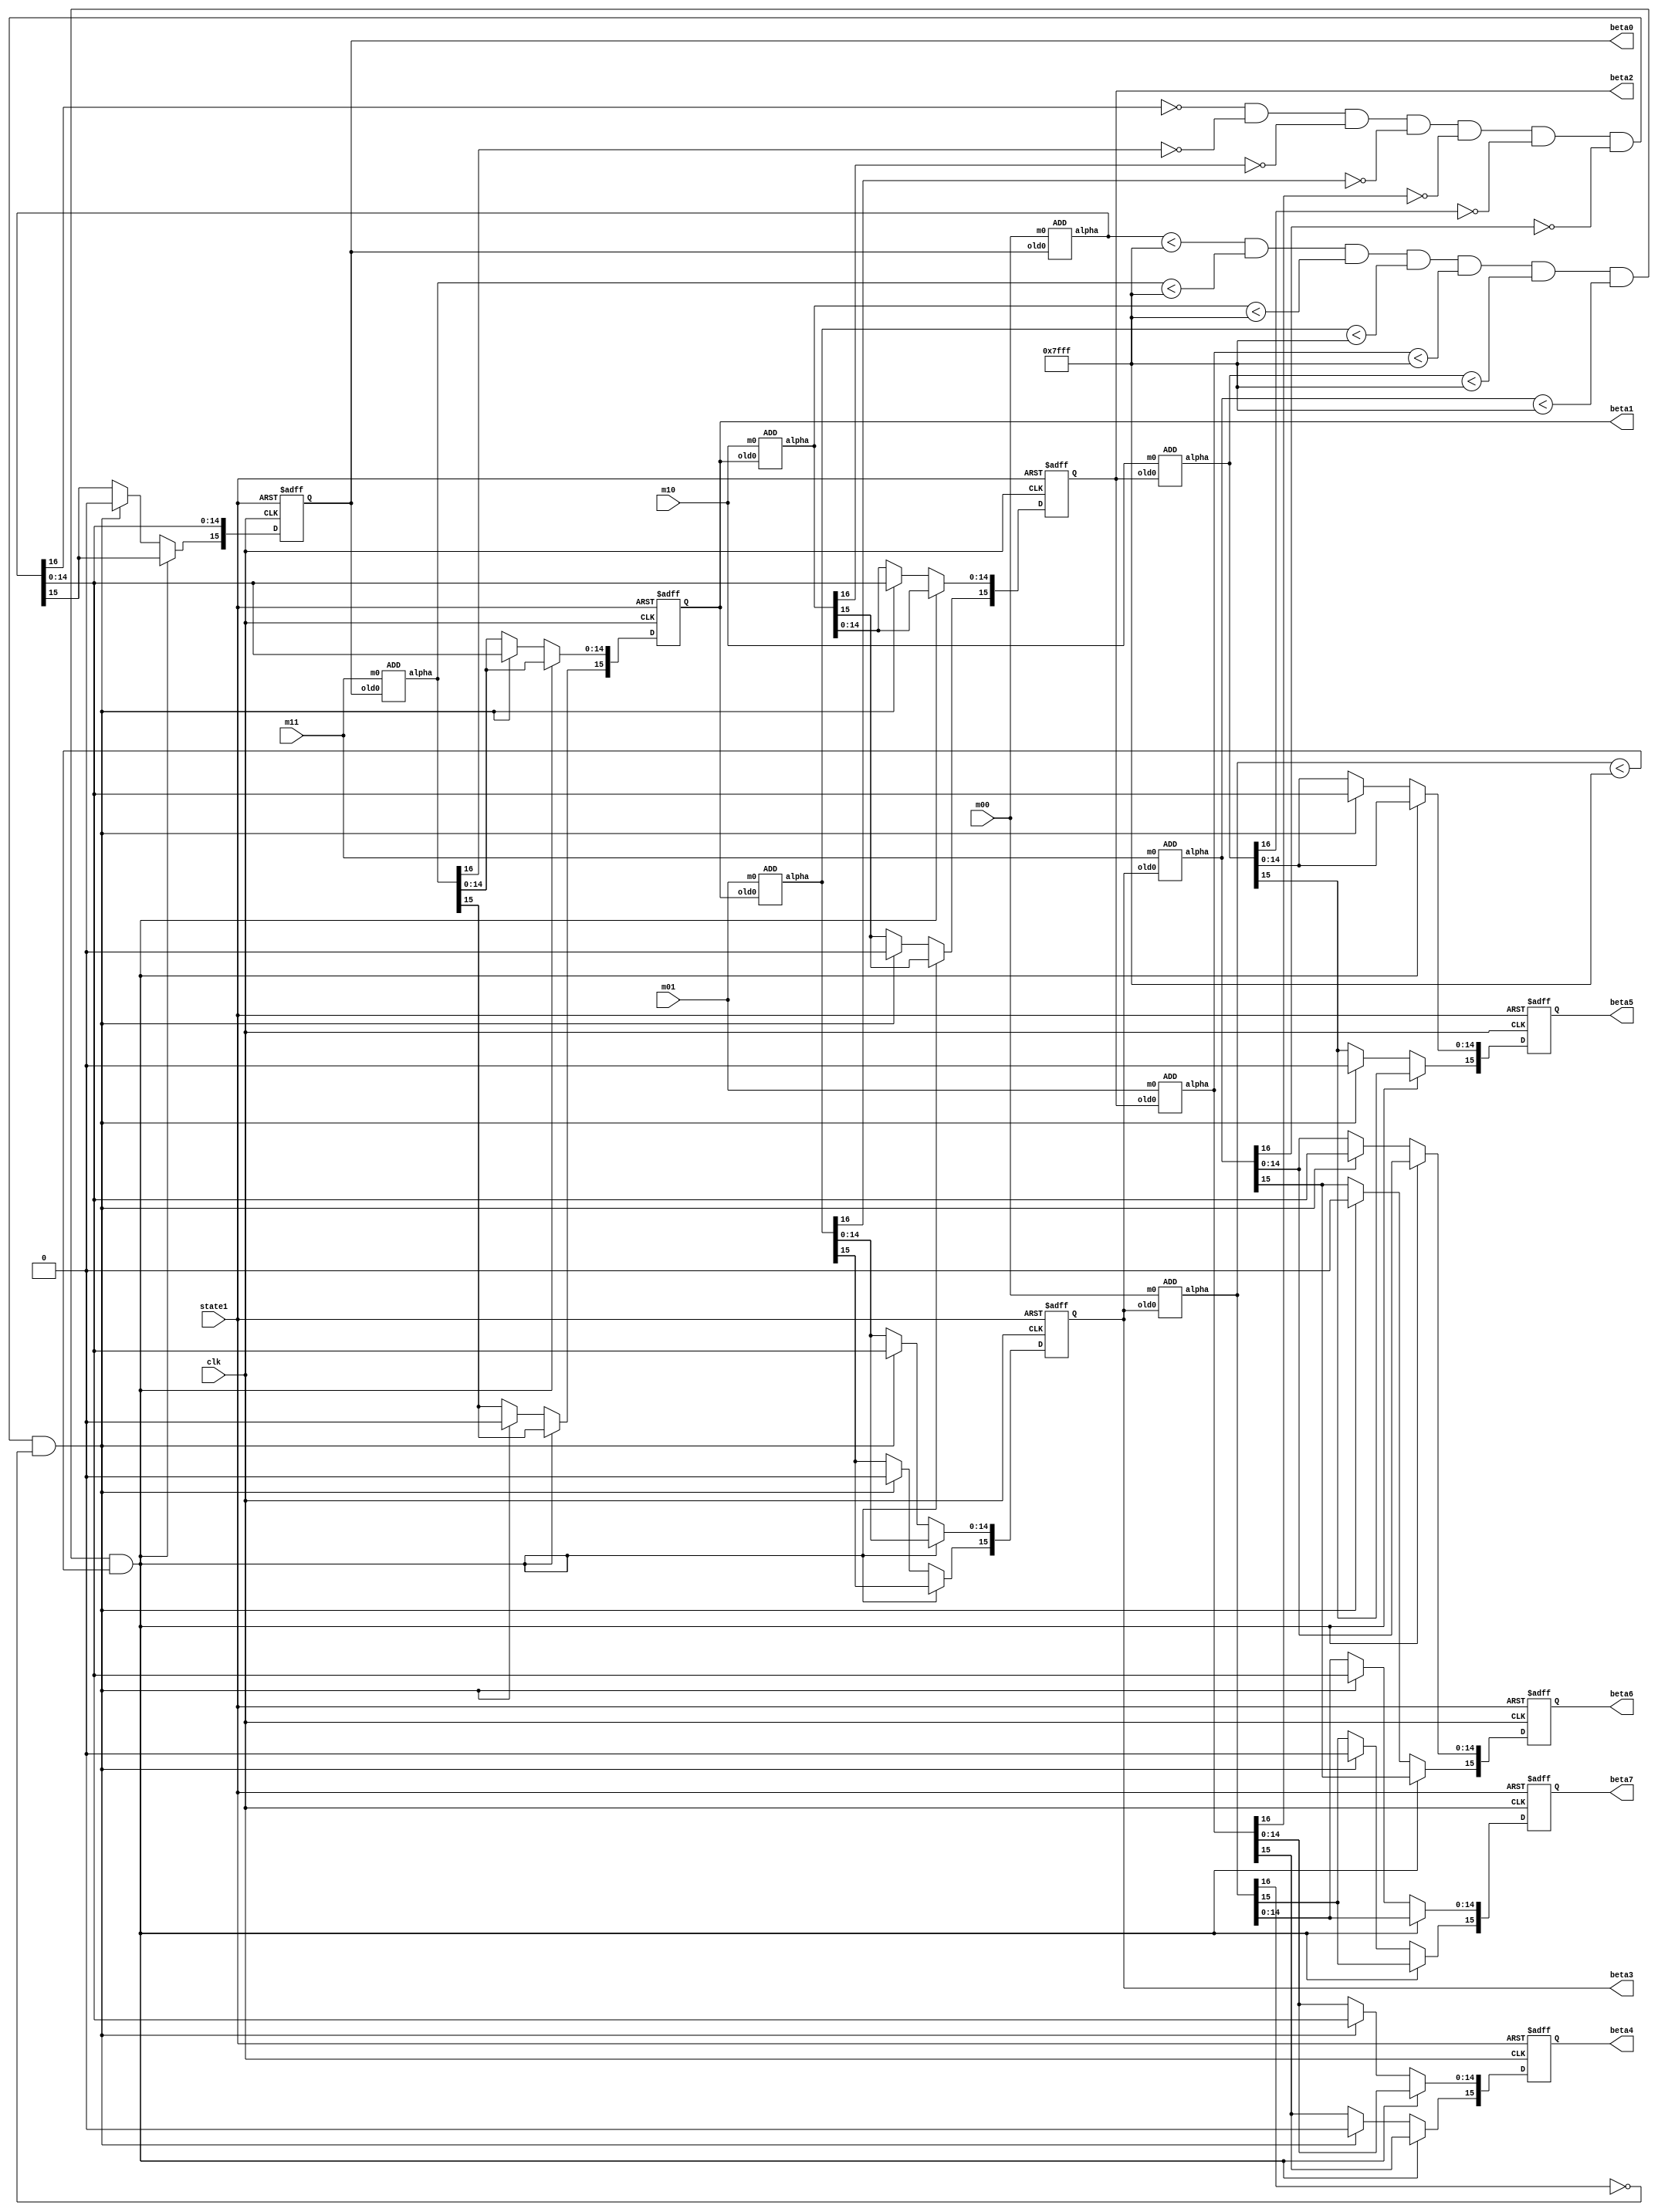
`define MAX 65535
`timescale 1ns / 1ps
//////////////////////////////////////////////////////////////////////////////////
// Company: 
// Engineer: 
// 
// Design Name: 
// Module Name:    compute_beta_termination 
// Project Name: 
// Target Devices: 
// Tool versions: 
// Description: 
//
// Dependencies: 
//
// Revision: 
// Revision 0.01 - File Created
// Additional Comments: 
//
//////////////////////////////////////////////////////////////////////////////////
module compute_beta_termination(
clk,
state1,
m00,
m01,
m10,
m11,
beta0,
beta1,
beta2,
beta3,
beta4,
beta5,
beta6,
beta7
);

  input clk;
  input state1;
  input [15:0] m11,m10,m00,m01;
  output  [15:0] beta0,beta1,beta2,beta3,beta4,beta5,beta6,beta7;  
  reg [15:0] old0_reg,old1_reg,old2_reg,old3_reg,old4_reg,old5_reg,old6_reg,old7_reg;
  wire [16:0] beta0t,beta1t,beta2t,beta3t,beta4t,beta5t,beta6t,beta7t; 
//  parameter MAX=32767;
  
  always @(posedge clk or posedge state1)
  begin
    if (state1==1)
      begin
        old0_reg <= 0;
        old1_reg <= -`MAX / 2;
        old2_reg <= -`MAX / 2;
        old3_reg <= -`MAX / 2;
        old4_reg <= -`MAX / 2;
        old5_reg <= -`MAX / 2;
        old6_reg <= -`MAX / 2;
        old7_reg <= -`MAX / 2;
      end
    else
      begin
       if(beta0t<32767 && beta1t<32767 && beta2t<32767 && beta3t<32767 && beta4t<32767 && beta5t<32767 && beta6t<32767 && beta7t<32767)
         begin
           old0_reg<=beta0t[15:0];  
           old4_reg<=beta4t[15:0];
           old1_reg<=beta1t[15:0];
           old5_reg<=beta5t[15:0];
           old2_reg<=beta2t[15:0];
           old6_reg<=beta6t[15:0];
           old3_reg<=beta3t[15:0];
           old7_reg<=beta7t[15:0];           
         end
       else if(beta0t[16]==0 && beta1t[16]==0 && beta2t[16]==0 && beta3t[16]==0 && beta4t[16]==0 && beta5t[16]==0 && beta6t[16]==0 && beta7t[16]==0)
         begin
           old0_reg[15]<=0;
           old1_reg[15]<=0;
           old2_reg[15]<=0;
           old3_reg[15]<=0;
           old4_reg[15]<=0;
           old5_reg[15]<=0;
           old6_reg[15]<=0;
           old7_reg[15]<=0;
           old0_reg[14:0]<=beta0t[14:0];
           old1_reg[14:0]<=beta0t[14:0];
           old2_reg[14:0]<=beta0t[14:0];
           old3_reg[14:0]<=beta0t[14:0];
           old4_reg[14:0]<=beta0t[14:0];
           old5_reg[14:0]<=beta0t[14:0];
           old6_reg[14:0]<=beta0t[14:0];
           old7_reg[14:0]<=beta0t[14:0];
         end
      else
         begin
           old0_reg<=beta0t[15:0];  
           old4_reg<=beta4t[15:0];
           old1_reg<=beta1t[15:0];
           old5_reg<=beta5t[15:0];
           old2_reg<=beta2t[15:0];
           old6_reg<=beta6t[15:0];
           old3_reg<=beta3t[15:0];
           old7_reg<=beta7t[15:0];
         end   
        /*
       old0_reg<=beta0t; 
       old4_reg<=beta4t;
       old1_reg<=beta1t;
       old5_reg<=beta5t;
       old2_reg<=beta2t;
       old6_reg<=beta6t;
       old3_reg<=beta3t;
       old7_reg<=beta7t;
       */
     end
   end
   
  assign beta0=old0_reg;
  assign beta1=old1_reg;
  assign beta2=old2_reg;
  assign beta3=old3_reg;
  assign beta4=old4_reg;
  assign beta5=old5_reg;
  assign beta6=old6_reg;
  assign beta7=old7_reg;

ADD add0(.old0(old0_reg),.m0(m00),.alpha(beta0t));
ADD add1(.old0(old0_reg),.m0(m11),.alpha(beta1t));
ADD add2(.old0(old1_reg),.m0(m10),.alpha(beta2t));
ADD add3(.old0(old1_reg),.m0(m01),.alpha(beta3t));
ADD add4(.old0(old2_reg),.m0(m01),.alpha(beta4t));
ADD add5(.old0(old2_reg),.m0(m10),.alpha(beta5t));
ADD add6(.old0(old3_reg),.m0(m11),.alpha(beta6t));
ADD add7(.old0(old3_reg),.m0(m00),.alpha(beta7t));

endmodule

module ADD(
old0,
m0,
alpha
);

input [15:0]old0;
input [15:0]m0;
output [16:0]alpha;

wire [16:0]data0;
reg [16:0]alpha;

wire [16:0]old0_temp,m0_temp;

assign old0_temp[16:0]=(old0[15])?({1'b1,old0[15:0]}):({1'b0,old0[15:0]});
assign m0_temp[16:0]=m0[15]?{1'b1,m0[15:0]}:{1'b0,m0[15:0]};

assign data0=old0_temp+m0_temp;

//assign data0=old0+m0;

always@(*) 
 begin
 alpha=((data0[16]==1)&(data0[15]==0)) ? (17'h18000):
          (data0[16:0]);
 end


endmodule